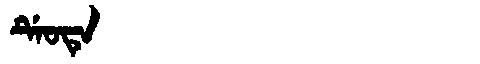
Manchu: ᡩᡝᠣᡨᡝ
Romanization: DEOTE